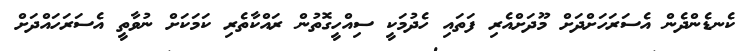
ކެނޑެންދެން އެސަަރަހަށްދަށް މޫދަށްއެރި ފަތައި ހެދުމަކީ ސިއްހީގޮތުން ރައްކާތެރި ކަމަކަށް ނުވާތީ އެސަރަހައްދަށް